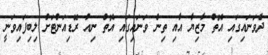
ދެވަނައިގައި އޮތް މާޒިޔާ އާއި ތިން ވަނައިގައި އޮތް ނިއު ރޭޑިއަންޓަށް ލިބިފައިވަނީ